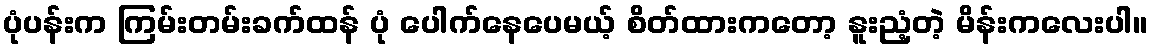
ပုံပန်းက ကြမ်းတမ်းခက်ထန် ပုံ ပေါက်နေပေမယ့် စိတ်ထားကတော့ နူးညံ့တဲ့ မိန်းကလေးပါ။